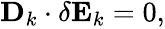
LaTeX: \begin{array}{r}{\mathbf{D}_{k}\cdot\delta\mathbf{E}_{k}=0,}\end{array}